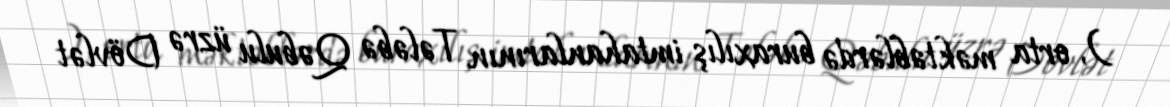
), orta məktəblərdə buraxılış imtahanlarının Tələbə Qəbulu üzrə Dövlət